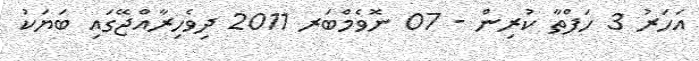
އަހަރު 3 ހަފްތާ ކުރިން - 07 ނޮވެމްބަރ 2011 ދިވެހިރާއްޖޭގައި ބަޔަކު